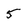
Character: 5